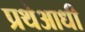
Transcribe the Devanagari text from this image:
प्रथेआधी